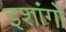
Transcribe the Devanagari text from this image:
इशांगो